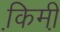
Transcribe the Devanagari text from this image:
कि़मी़